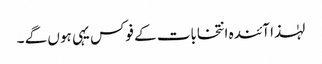
لہٰذا آئندہ انتخابات کے فوکس یہی ہوں گے ۔